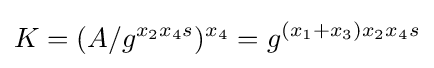
K=(A/g^{x_{2}x_{4}s})^{x_{4}}=g^{(x_{1}+x_{3})x_{2}x_{4}s}